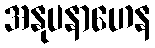
အနုပနာဟေန